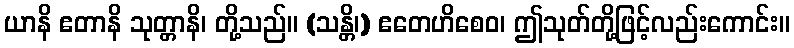
ယာနိ ဧတာနိ သုတ္တာနိ၊ တို့သည်။ (သန္တိ၊) ဧတေဟိစေဝ၊ ဤသုတ်တို့ဖြင့်လည်းကောင်း။